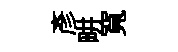
彦畊寬